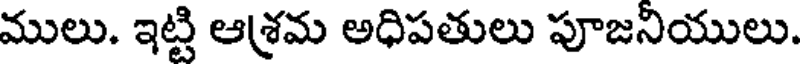
ములు. ఇట్టి ఆశ్రమ అధిపతులు పూజనియులు.